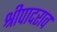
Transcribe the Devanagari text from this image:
श्रीपादराव